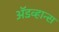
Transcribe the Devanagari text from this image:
ॲडव्हान्स